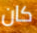
كان